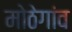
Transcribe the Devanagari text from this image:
मोठेगांव